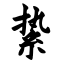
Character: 絷